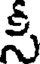
సీ